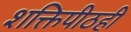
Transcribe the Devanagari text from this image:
शक्तिपीठही